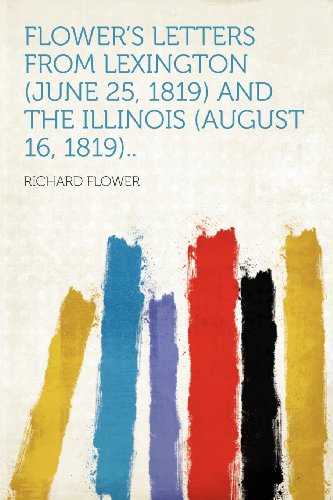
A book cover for Flower's Letters From Lexington (June 25, 1819) and the Illinois (August 16, 1819)..; Travel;